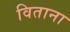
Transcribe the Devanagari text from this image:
विताना